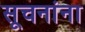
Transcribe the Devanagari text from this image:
सूचनांना